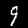
Label: 9